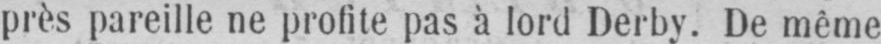
près pareille ne profite pas à lord Derby. De même